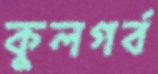
কুলগর্ব